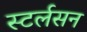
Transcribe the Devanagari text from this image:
स्टर्लसन